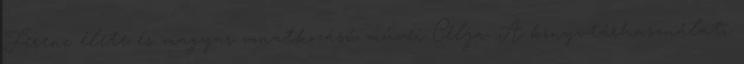
Ferenc élete és magyar vonatkozású művei Célja: A könyvtárhasználati